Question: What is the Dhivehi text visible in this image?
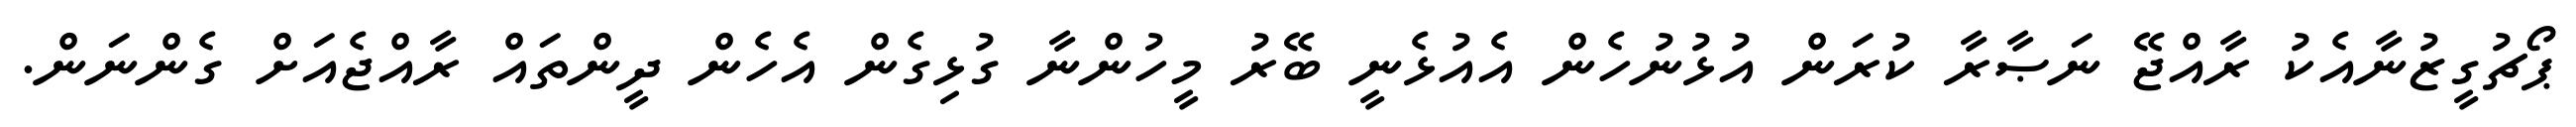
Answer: ޕޯޗުގީޒުނާއެކު ރާއްޖޭ ނަޞާރާ ކުރަން އުޅުނުހެން އެއުޅެނީ ބޭރު މީހުންނާ ގުޅިގެން އެހެން ދީންތައް ރާއްޖެއަށް ގެންނަން.